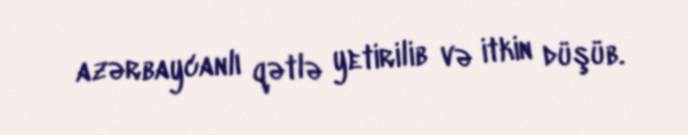
azərbaycanlı qətlə yetirilib və itkin düşüb.